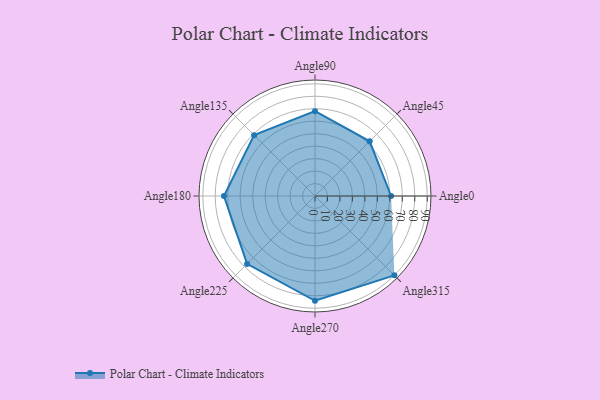
{"axis": {"x": "Angle", "y": "Radius"}, "legend": [""], "data": [{"x": "Angle0", "y": 61.0, "type": ""}, {"x": "Angle45", "y": 62.0, "type": ""}, {"x": "Angle90", "y": 68.0, "type": ""}, {"x": "Angle135", "y": 69.0, "type": ""}, {"x": "Angle180", "y": 73.0, "type": ""}, {"x": "Angle225", "y": 77.0, "type": ""}, {"x": "Angle270", "y": 84.0, "type": ""}, {"x": "Angle315", "y": 90.0, "type": ""}]}